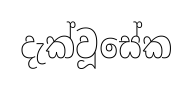
දැක්වූසේක